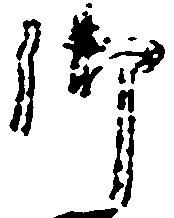
御